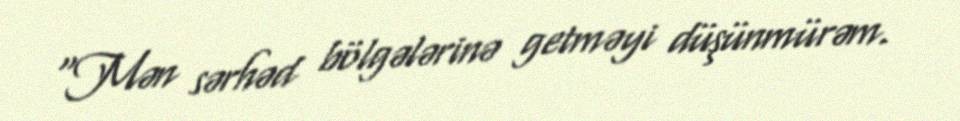
“Mən sərhəd bölgələrinə getməyi düşünmürəm.